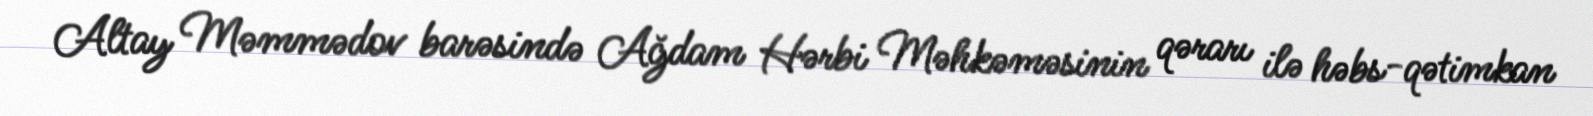
Altay Məmmədov barəsində Ağdam Hərbi Məhkəməsinin qərarı ilə həbs-qətimkan